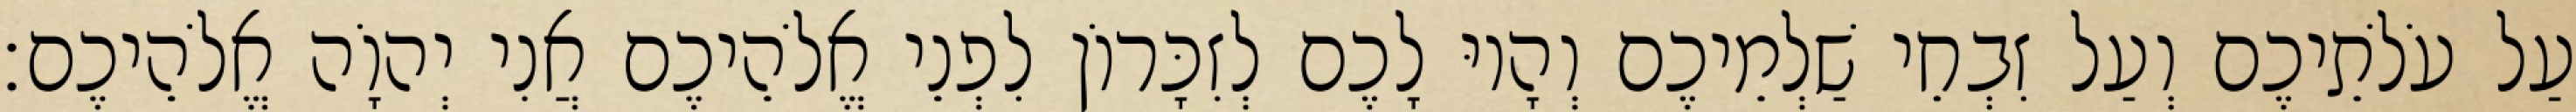
עַל עֹלֹתֵיכֶם וְעַל זִבְחֵי שַׁלְמֵיכֶם וְהָיוּ לָכֶם לְזִכָּרוֹן לִפְנֵי אֱלֹהֵיכֶם אֲנִי יְהוָֹה אֱלֹהֵיכֶם׃